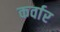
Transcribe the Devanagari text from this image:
कर्वार